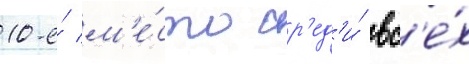
10-е́ м'е́сто ср'ед'и́ вс'е́х